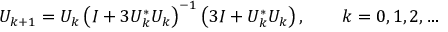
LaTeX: U _ { k + 1 } = U _ { k } \left( I + 3 U _ { k } ^ { * } U _ { k } \right) ^ { - 1 } \left( 3 I + U _ { k } ^ { * } U _ { k } \right) , \qquad k = 0 , 1 , 2 , \ldots